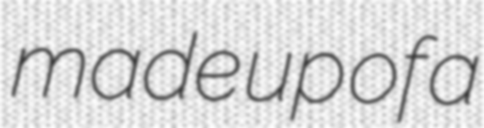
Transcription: made up of a